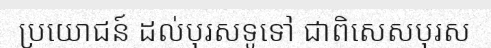
ប្រយោជន៍ ដល់បុរសទូទៅ ជាពិសេសបុរស